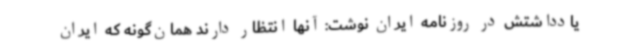
یادداشتش در روزنامه ایران نوشت: آنها انتظار دارند همان‌گونه که ایران